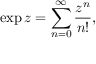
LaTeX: \exp z = \sum _ { n = 0 } ^ { \infty } { \frac { z ^ { n } } { n ! } } ,